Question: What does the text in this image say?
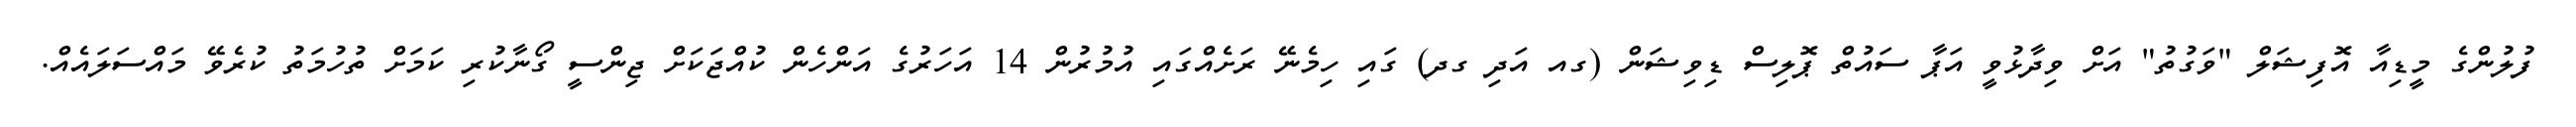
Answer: ފުލުންގެ މީޑިއާ އޮފިޝަލް "ވަގުތު" އަށް ވިދާޅުވީ އަޕާ ސައުތް ޕޮލިސް ޑިވިޝަން (ގއ އަދި ގދ) ގައި ހިމެނޭ ރަށެއްގައި އުމުރުން 14 އަހަރުގެ އަންހެން ކުއްޖަކަށް ޖިންސީ ގޯނާކުރި ކަމަށް ތުހުމަތު ކުރެވޭ މައްސަލައެއް.